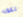
تكون